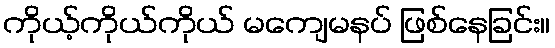
ကိုယ့်ကိုယ်ကိုယ် မကျေမနပ် ဖြစ်နေခြင်း။